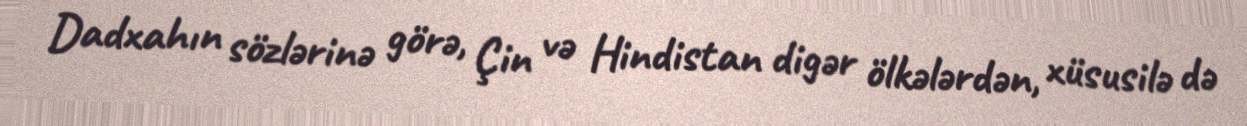
Dadxahın sözlərinə görə, Çin və Hindistan digər ölkələrdən, xüsusilə də